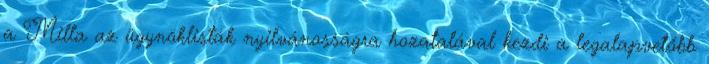
a Milla az ügynöklisták nyilvánosságra hozatalával kezdi a legalapvetőbb